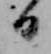
日